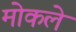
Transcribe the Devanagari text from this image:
मोकले